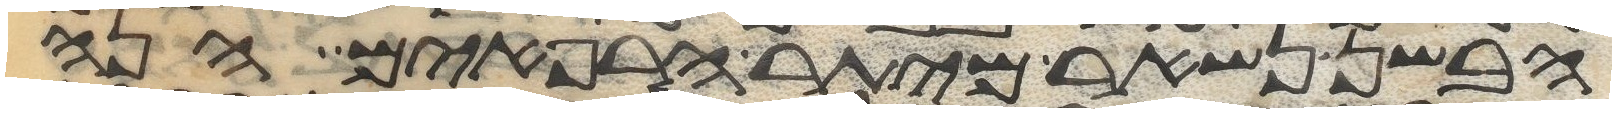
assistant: הבשן נשאר מיתר הרפאים הנה